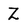
Character: Z